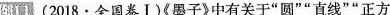
例11 (2018·全国卷Ⅰ)《墨子》中有关于”圆””直线””正方